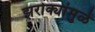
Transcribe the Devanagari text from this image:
झरोक्यांमुळे